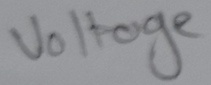
Text: Voltage